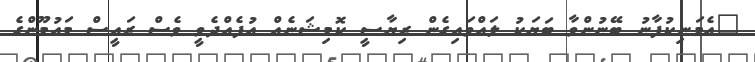
"އެމަނިކުފާނު ބޭނުންވާ ބަޔަކު ލައްވައިގެން ރިޔާސީ ކޮމިޝަނެއް އުފެއްދެވީ ވެސް ރައީސް މައުމޫންގެ